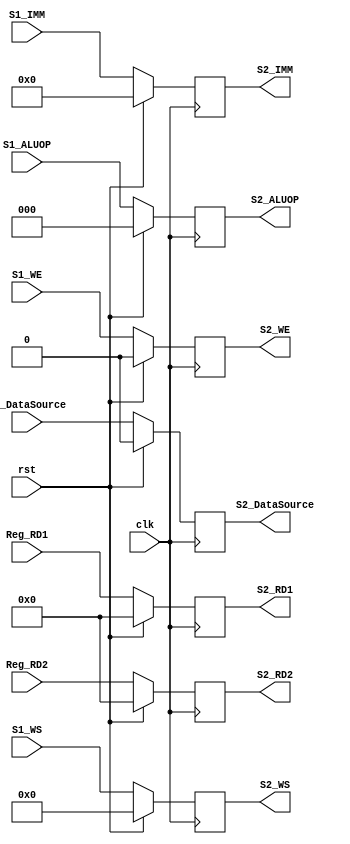
module S2_Register(
    input        clk,
    input        rst,
    
    input [31:0] Reg_RD1,
    input [31:0] Reg_RD2,

    input [15:0] S1_IMM,
    input        S1_DataSource,
    input [2:0]  S1_ALUOP,
    input [4:0]  S1_WS,
    input        S1_WE,
    
    output reg        S2_DataSource,
    output reg [31:0] S2_RD1,
    output reg [31:0] S2_RD2,
    output reg [15:0] S2_IMM,
    output reg [2:0]  S2_ALUOP,
    output reg [4:0]  S2_WS,
    output reg        S2_WE
);

always @(posedge clk) begin
    //if rst then set everything to 0
    if (rst) begin
        S2_DataSource <= 0;
        S2_RD1 <= 0;
        S2_RD2 <= 0;
        S2_IMM <= 0;
        S2_ALUOP <= 0;
        S2_WS <= 0;
        S2_WE <= 0;
    end
    else begin
        S2_RD1 <= Reg_RD1;
        S2_RD2 <= Reg_RD2;

        S2_IMM <= S1_IMM;
        S2_ALUOP <= S1_ALUOP;
        S2_WS <= S1_WS;
        S2_WE <= S1_WE;

        S2_DataSource <= S1_DataSource;
    end
end

endmodule